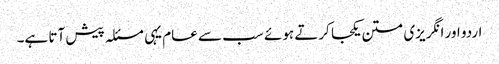
اردو اور انگریزی متن یکجا کرتے ہوئے سب سے عام یہی مسئلہ پیش آتا ہے۔